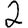
Digit: 2